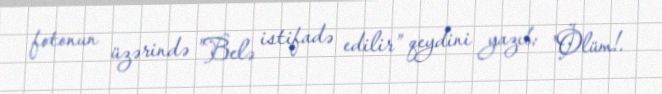
fotonun üzərində "Belə istifadə edilir” qeydini yazıb: "Ölüm!.